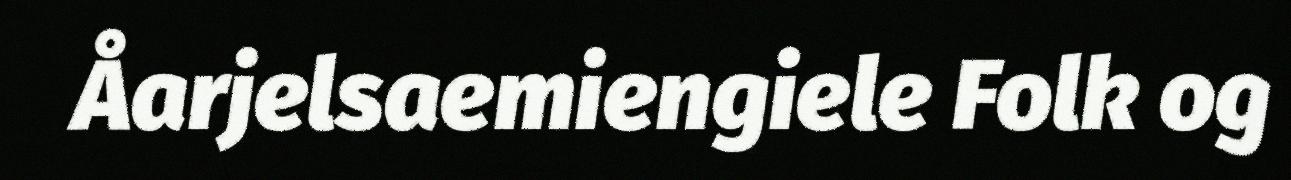
Åarjelsaemiengiele Folk og